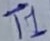
Text: T1